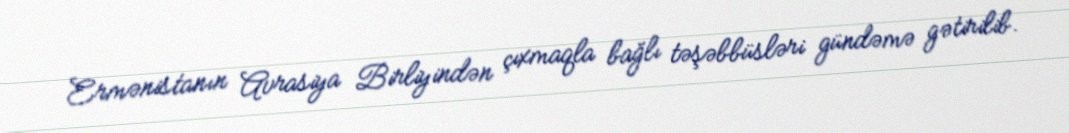
Ermənistanın Avrasiya Birliyindən çıxmaqla bağlı təşəbbüsləri gündəmə gətirilib.